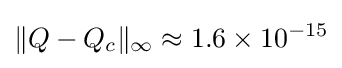
\|Q-Q_{c}\|_{\infty }\approx 1.6\times 10^{-15}